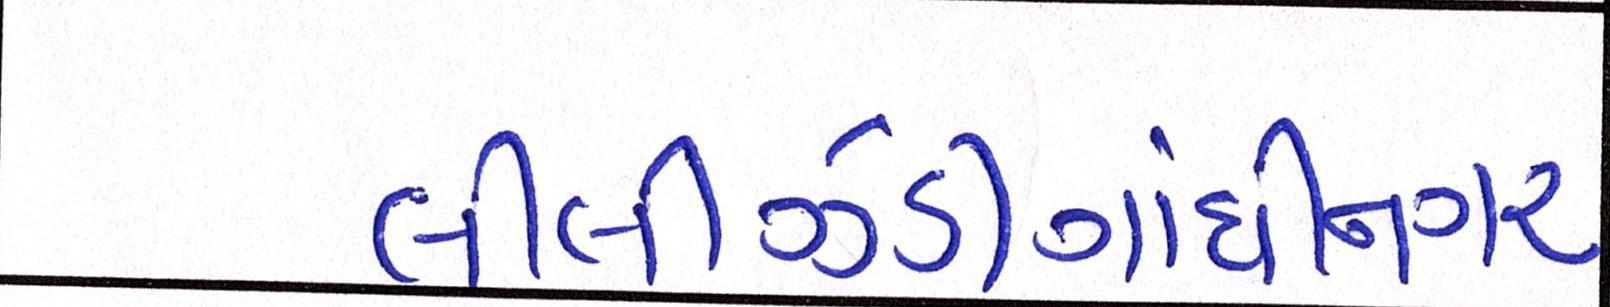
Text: લીલીઝંડીગાંધીનગર